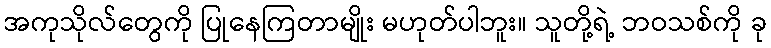
အကုသိုလ်တွေကို ပြုနေကြတာမျိုး မဟုတ်ပါဘူး။ သူတို့ရဲ့ ဘဝသစ်ကို ခု